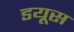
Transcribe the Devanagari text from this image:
डयूस